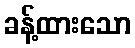
ခန့်ထားသော